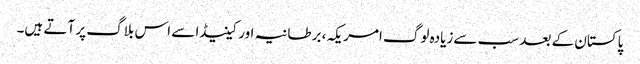
پاکستان کے بعد سب سےزیادہ لوگ امریکہ، برطانیہ اور کینیڈا سے اس بلاگ پر آتے ہیں۔